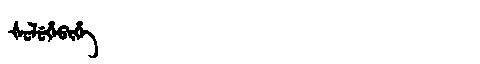
Manchu: ᡧᡠᠯᡠᡥᡝᠪᡳᡥᡝ
Romanization: ŠULUHEBIHE